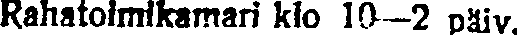
Rahatoimikamari klo 10—2 päiv.